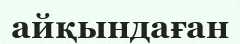
айқындаған